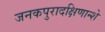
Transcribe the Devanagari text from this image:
जनकपुरादक्षिणान्शे